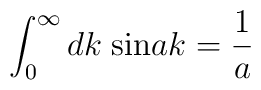
\int_0^{\infty}dk\;{\rm sin}ak=\frac{1}{a}